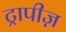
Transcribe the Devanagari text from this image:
ट्रापीज़